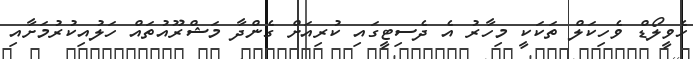
ހެވީލޯޑް ވެހިކަލް ތަކަކީ މިހާރު އެ ދެސިޓީގައި ކުރިއަށް ގެންދާ މަޝްރޫއުތައް ހަލުއިކުރުމަށާއި